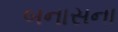
બનાસના